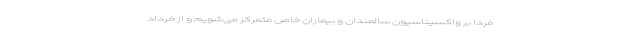
فردا بر واکسیناسیون سالمندان و بیماران خاص متمرکز می‌شویم و از خرداد